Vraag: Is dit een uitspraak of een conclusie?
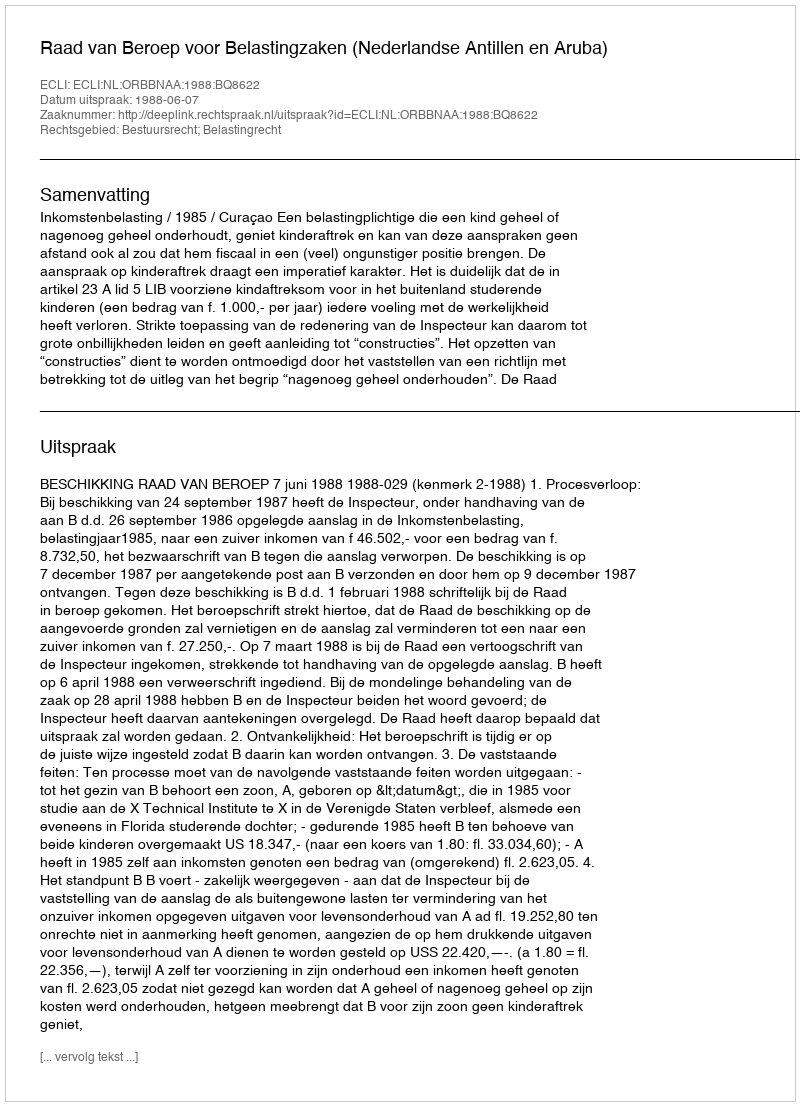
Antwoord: Uitspraak